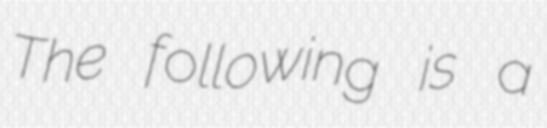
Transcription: The following is a